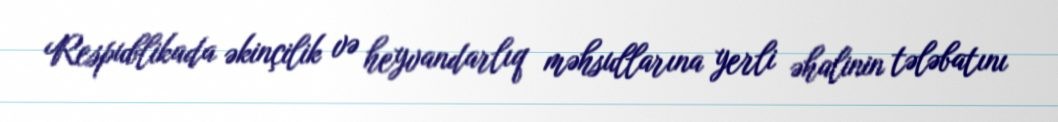
Respublikada əkinçilik və heyvandarlıq məhsullarına yerli əhalinin tələbatını